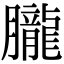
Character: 朧